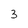
Character: 3